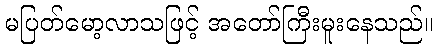
မပြတ်မော့လာသဖြင့် အတော်ကြီးမူးနေသည်။